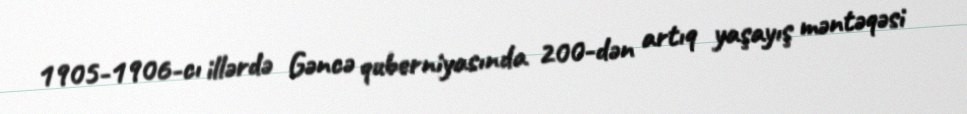
1905-1906-cı illərdə Gəncə quberniyasında 200-dən artıq yaşayış məntəqəsi